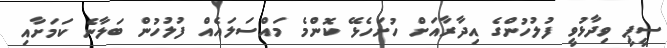
ސީޕީ ވިދާޅުވީ ފުލުހުންގެ އިދާރާއަށް ހުށަހެޅޭ ކޮންމެ މައްސަލައެއް ފުލުހުން ބަލާނެ ކަމަށާއި